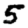
Digit: 5